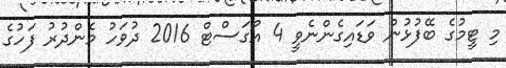
މި ޓީމުގެ ބޭފުޅުން ވަޑައިގެންނެވީ 4 އޯގަސްޓް 2016 ދުވަހު މެންދުރު ފަހުގެ